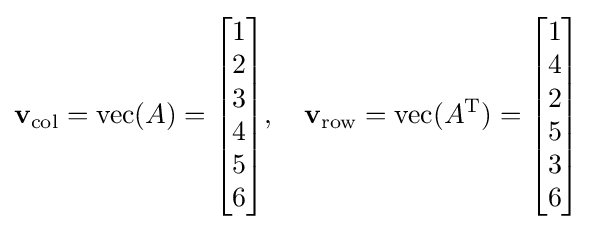
\mathbf {v} _{\text{col}}=\operatorname {vec} (A)={\begin{bmatrix}1\\2\\3\\4\\5\\6\\\end{bmatrix}},\quad \mathbf {v} _{\text{row}}=\operatorname {vec} (A^{\mathrm {T} })={\begin{bmatrix}1\\4\\2\\5\\3\\6\\\end{bmatrix}}